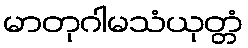
မာတုဂါမသံယုတ္တံ